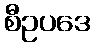
စီဥပဒေ